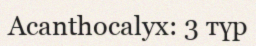
Acanthocalyx: 3 түр